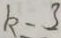
k = 3